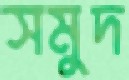
সমুদ